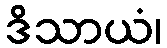
ဒိသာယံ၊